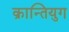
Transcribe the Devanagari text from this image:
क्रान्तियुग